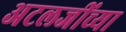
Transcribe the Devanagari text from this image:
अटलजींच्या